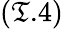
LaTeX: (\mathfrak{T}.4)